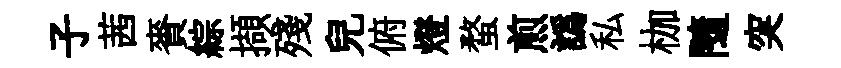
子茜賚綜擷殘兒俯燈蝥煎譌私枷隨突